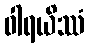
ဝါရယိဿံ